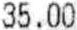
35.00